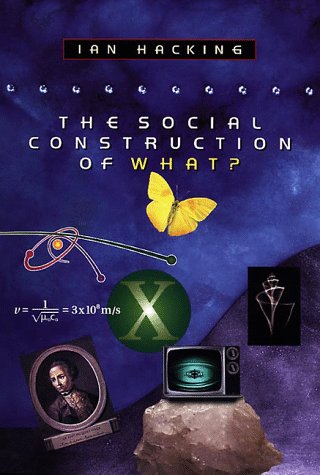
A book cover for The Social Construction of What?; Ian Hacking; Politics & Social Sciences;